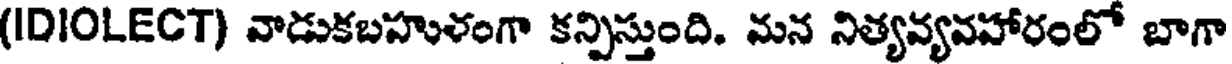
(IDIOLECT) వాడుకబహుళంగా కన్పిస్తుంది. మన నిత్యవ్యవహారంలో బాగా